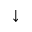
\downarrow